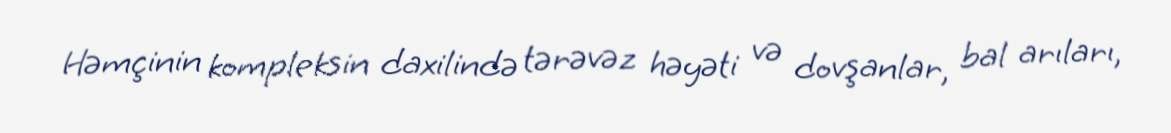
Həmçinin kompleksin daxilində tərəvəz həyəti və dovşanlar, bal arıları,